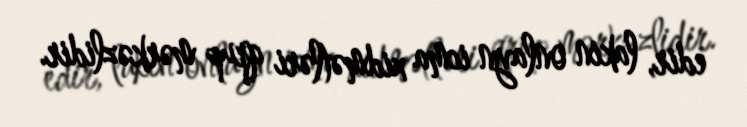
edir, lakin onlayn icma xidmətləri qrup mərkəzlidir.